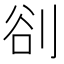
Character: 𭃣